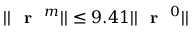
| | \textrm { \textbf { r } } ^ { m } | | \leq 9 . 4 1 | | \textrm { \textbf { r } } ^ { 0 } | |